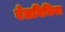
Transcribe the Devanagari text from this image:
वेलविचिया